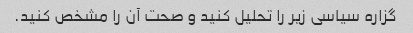
گزاره سیاسی زیر را تحلیل کنید و صحت آن را مشخص کنید.